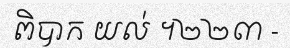
ពិបាក យល់ ។២២៣ -